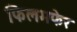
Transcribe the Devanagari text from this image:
फिलमफेर